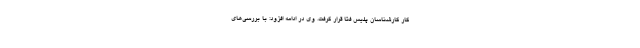
کار کارشناسان پلیس فتا قرار گرفت. وی در ادامه افزود: با بررسی‌های